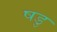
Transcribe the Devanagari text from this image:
षडु